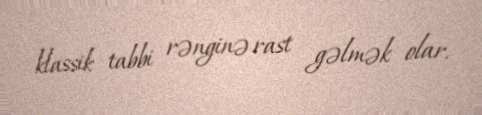
klassik tabbi rənginə rast gəlmək olar.